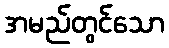
အမည်တွင်သော